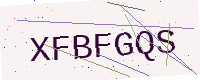
Text: XFBFGQS